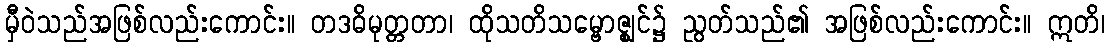
မှီဝဲသည်အဖြစ်လည်းကောင်း။ တဒဓိမုတ္တတာ၊ ထိုသတိသမ္ဗောဇ္ဈင်၌ ညွတ်သည်၏ အဖြစ်လည်းကောင်း။ ဣတိ၊